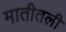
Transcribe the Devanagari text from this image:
मातीतली